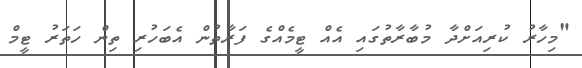
"މިހާރު ކުރިއަށްދާ މުބާރާތުގައި އެއް ޓީމެއްގެ ފަރާތުން އެބަހުރި ތިން ހަތަރު ޓީމް